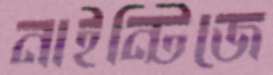
নাইন্টিজে